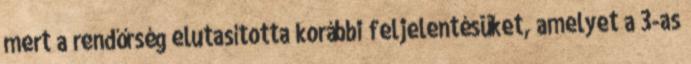
mert a rendőrség elutasította korábbi feljelentésüket, amelyet a 3-as